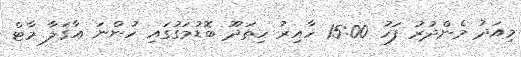
މިއަދު މެންދުރު ފަހު 15:00 ހާއިރު ހިތަދޫ ބޮޑުމަގުގައި ހުންނަ އާގަލާ މާޓް